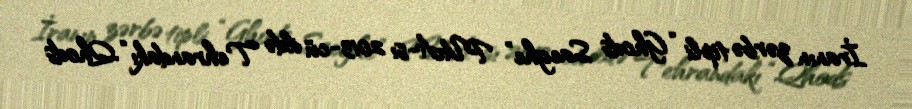
İranın zərbə tipli “Ghods Saeghe” PUA-sı 2013-cü ildə Tehrandakı “Qhods